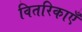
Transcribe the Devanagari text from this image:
वितरिकाएँ